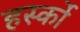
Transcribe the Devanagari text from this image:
हर्स्को